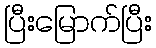
ပြီးမြောက်ပြီး